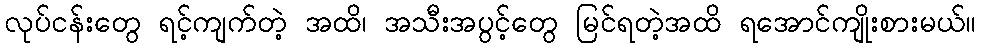
လုပ်ငန်းတွေ ရင့်ကျက်တဲ့ အထိ၊ အသီးအပွင့်တွေ မြင်ရတဲ့အထိ ရအောင်ကျိုးစားမယ်။